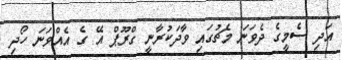
އަދި ސެމީގެ ދެވަނަ މެޗުގައި ވާދަކުރާނީ ގްރޫޕް އޭ ގެ އެއްވަނަ ހޯދި